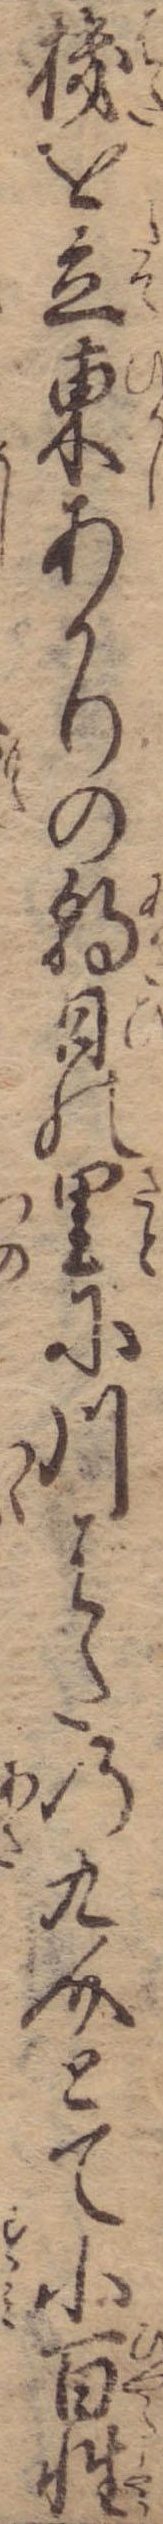
機を立東あかりの朝日の里に川ばたの九介とて小百性